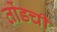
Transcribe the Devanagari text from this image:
तोंडची